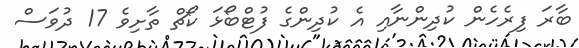
ބާރަ ފިރެހެން ކުދިންނާއި އެ ކުދިންގެ ފުޓްބޯޅަ ކޯޗް ތާށިވެ 17 ދުވަސް